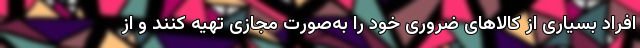
افراد بسیاری از کالاهای ضروری خود را به‌صورت مجازی تهیه کنند و از